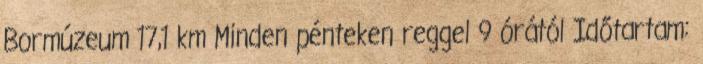
Bormúzeum 17,1 km Minden pénteken reggel 9 órától Időtartam: